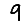
Digit: 9